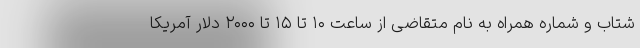
شتاب و شماره همراه به نام متقاضی از ساعت ۱۰ تا ۱۵ تا ۲۰۰۰ دلار آمریکا